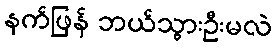
နက်ဖြန် ဘယ်သွားဦးမလဲ